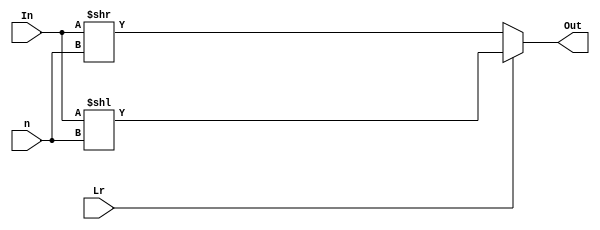
module barrel(Out,In,Lr,n);
	
	input [7:0]In;
	input [2:0]n;
	input Lr;
	output reg [7:0]Out;

	always@(*) begin
		if(Lr)
			Out = In << n;
		else
			Out = In >> n;
	end 

endmodule